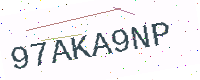
Text: 97AKA9NP